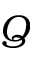
\boldsymbol Q